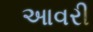
આવરી